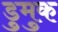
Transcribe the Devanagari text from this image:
डुमुक